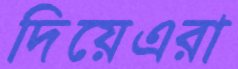
দিয়েএরা